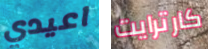
اعيدي كارترايت